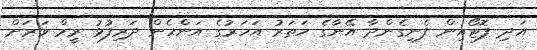
އަދި ފޮޓޯއިން ފެނިގެންދާ އޭނާގެ ހަތަރު އަހަރުގެ އަންހެން ދަރިފުޅު ރީމް ވަރަށް